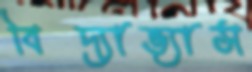
বিদ্যাভ্যাস